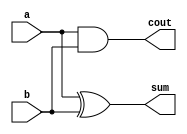
`timescale 1ns / 1ps

module HA(
    output sum,
    output cout,
    input a,
    input b
    );
    
    assign sum = a ^ b;
    assign cout = a & b;
    
endmodule